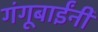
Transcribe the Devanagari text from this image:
गंगूबाईंनी